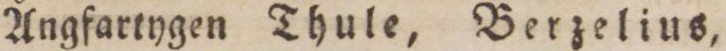
Ångfartygen Thule, Berzelius,